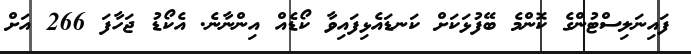
ފައިނަލިސްޓުންގެ ކޮންމެ ބޭފުޅަކަށް ކަނޑައެޅިފައިވާ ކޯޑެއް އިންނާނެ. އެކޯޑު ޖަހާފަ 266 އަށް